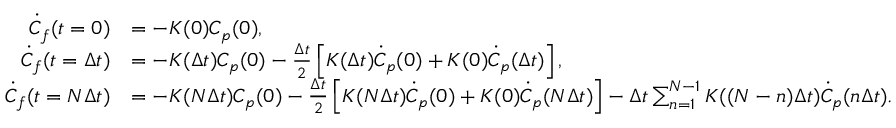
\begin{array} { r l } { \dot { C } _ { f } ( t = 0 ) } & { = - K ( 0 ) C _ { p } ( 0 ) , } \\ { \dot { C } _ { f } ( t = \Delta t ) } & { = - K ( \Delta t ) C _ { p } ( 0 ) - \frac { \Delta t } { 2 } \left[ K ( \Delta t ) \dot { C } _ { p } ( 0 ) + K ( 0 ) \dot { C } _ { p } ( \Delta t ) \right] , } \\ { \dot { C } _ { f } ( t = N \Delta t ) } & { = - K ( N \Delta t ) C _ { p } ( 0 ) - \frac { \Delta t } { 2 } \left[ K ( N \Delta t ) \dot { C } _ { p } ( 0 ) + K ( 0 ) \dot { C } _ { p } ( N \Delta t ) \right] - \Delta t \sum _ { n = 1 } ^ { N - 1 } K ( ( N - n ) \Delta t ) \dot { C } _ { p } ( n \Delta t ) . } \end{array}